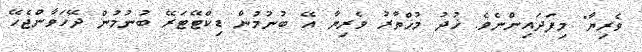
ވެރިޔާ" މިފަދައިންނެވެ. ޚުދު މުޚްތާރު ވެރިޔާ އޭ ބުނުމުން ޑިކްޓޭޓަރޭ ބުނުމުން ދޭހަވާންޖެހޭ